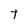
Character: t